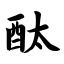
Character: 酞